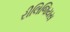
રીલિજિયસ